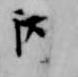
丙